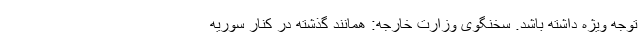
توجه ویژه داشته باشد. سخنگوی وزارت خارجه: همانند گذشته در کنار سوریه